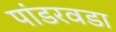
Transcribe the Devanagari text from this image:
पांडरवडा